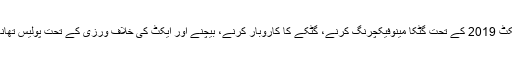
چاروں ملزمان کے خلاف گٹکا مین پوری ایکٹ 2019 کے تحت گٹکا مینوفیکچرنگ کرنے، گٹکے کا کاروبار کرنے، بیچنے اور ایکٹ کی خلاف ورزی کے تحت پولیس تھانہ عمرکوٹ سٹی پر مقدمہ درج کرلیا گیا ہے۔